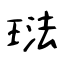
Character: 琺